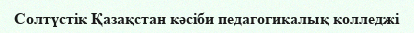
Солтүстік Қазақстан кәсіби педагогикалық колледжі